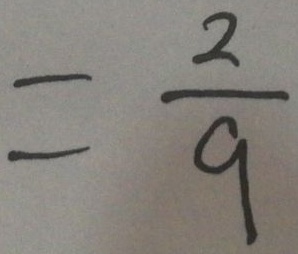
= \frac { 2 } { 9 }